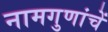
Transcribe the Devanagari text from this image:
नामगुणांचें